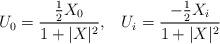
LaTeX: \begin{align*}U_{0}= \frac{\frac{1}{2} X_{0}}{1+|X|^{2}},\;\;\;U_{i}=\frac{-\frac{1}{2}X_{i}}{1+|X|^{2} }\end{align*}